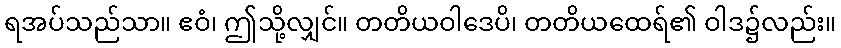
ရအပ်သည်သာ။ ဧဝံ၊ ဤသို့လျှင်။ တတိယဝါဒေပိ၊ တတိယထေရ်၏ ဝါဒ၌လည်း။